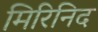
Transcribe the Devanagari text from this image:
मिरिनिद